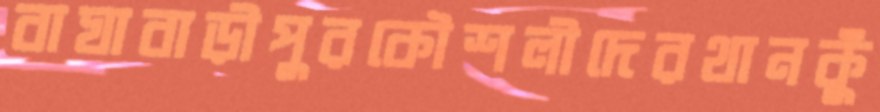
বাঘাবাড়ীপুরকৌশলীদেরথানকুঁ